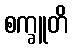
စက္ခူတိ